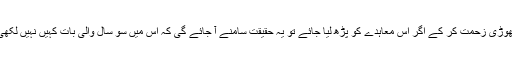
تھوڑی زحمت کر کے اگر اس معاہدے کو پڑھ لیا جائے تو یہ حقیقت سامنے آ جائے گی کہ اس میں سو سال والی بات کہیں نہیں لکھی۔